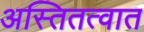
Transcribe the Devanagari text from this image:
अस्तितत्वात